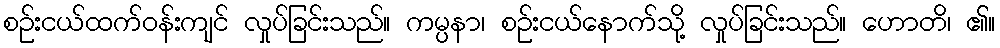
စဉ်းငယ်ထက်ဝန်းကျင် လှုပ်ခြင်းသည်။ ကမ္ပနာ၊ စဉ်းငယ်နောက်သို့ လှုပ်ခြင်းသည်။ ဟောတိ၊ ၏။